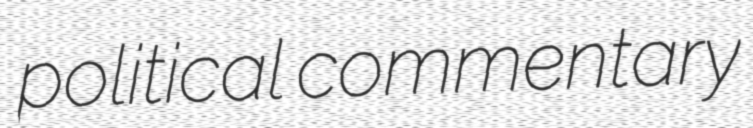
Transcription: political commentary